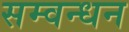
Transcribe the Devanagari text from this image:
सम्वन्धन